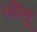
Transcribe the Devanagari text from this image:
भोलू